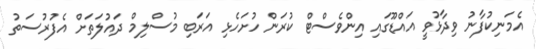
އެމަނިކުފާނު ވިދާޅުވީ އައްޑޫގައި އިންވެސްޓް ކުރަން ހުށަހެޅި އަރަބި މުސްލިމް ދައުލަތަށް އެފުރުސަތު